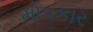
મોપકાર